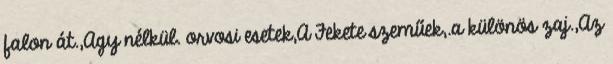
falon át.,Agy nélkül. orvosi esetek,A Fekete szeműek,.a különös zaj.,Az